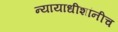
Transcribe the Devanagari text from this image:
न्यायाधीशांनीच